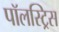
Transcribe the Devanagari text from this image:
पॉलस्ट्रिस